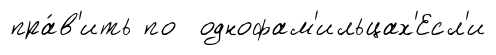
пра́в'ить по однофам'ильцах'Есл'и